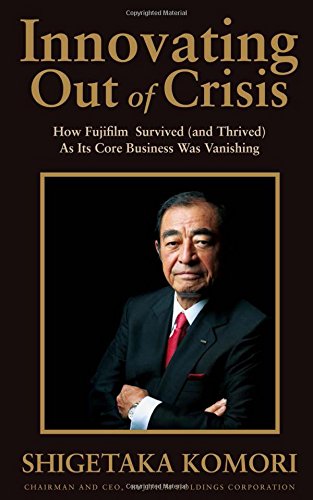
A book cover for Innovating Out of Crisis: How Fujifilm Survived (and Thrived) As Its Core Business Was Vanishing; Shigetaka Komori; Business & Money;